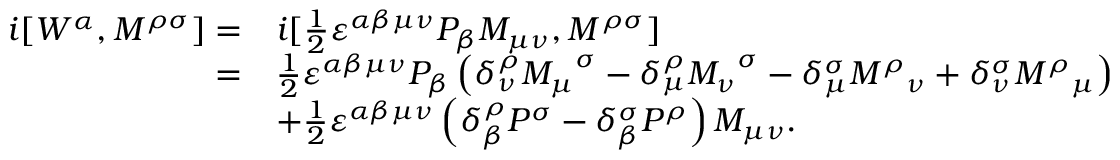
\begin{array} { r l } { i [ { W ^ { \alpha } } , { M ^ { \rho \sigma } } ] = } & { i [ \frac { 1 } { 2 } { \varepsilon ^ { \alpha \beta \mu \nu } } { P _ { \beta } } { M _ { \mu \nu } } , { M ^ { \rho \sigma } } ] } \\ { = } & { \frac { 1 } { 2 } { \varepsilon ^ { \alpha \beta \mu \nu } } { P _ { \beta } } \left( { \delta _ { \nu } ^ { \rho } { M _ { \mu } } ^ { \sigma } - \delta _ { \mu } ^ { \rho } { M _ { \nu } } ^ { \sigma } - \delta _ { \mu } ^ { \sigma } { M ^ { \rho } } _ { \nu } + \delta _ { \nu } ^ { \sigma } { M ^ { \rho } } _ { \mu } } \right) } \\ & { + \frac { 1 } { 2 } { \varepsilon ^ { \alpha \beta \mu \nu } } \left( { \delta _ { \beta } ^ { \rho } { P ^ { \sigma } } - \delta _ { \beta } ^ { \sigma } { P ^ { \rho } } } \right) M _ { \mu \nu } . } \end{array}